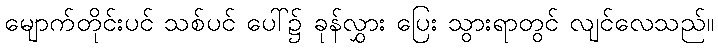
မျောက်တိုင်းပင် သစ်ပင် ပေါ်၌ ခုန်လွှား ပြေး သွားရာတွင် လျင်လေသည်။